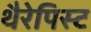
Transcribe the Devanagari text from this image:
थैरेपिस्ट